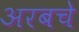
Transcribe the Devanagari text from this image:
अरबचे